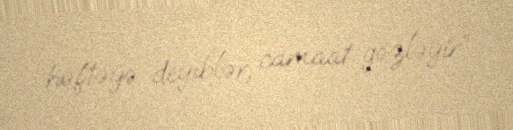
həftəyə deyiblər, camaat gözləyir”.